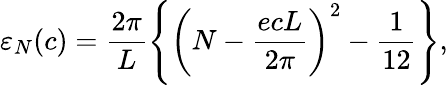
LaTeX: {\varepsilon}_{N}(c)=\frac{2\pi}{L}\left\{ \left(N-\frac{ecL}{2\pi}\right)^{2}-\frac{1}{12}\right\} ,